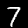
Digit: 7